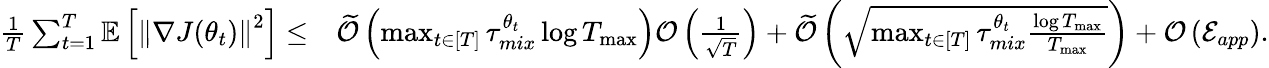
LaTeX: \begin{array}{rl}{\frac{1}{T}\sum_{t=1}^{T}\mathbb{E}\left[\left\lVert\nabla J(\theta_{t})\right\rVert^{2}\right]\leq}&{\widetilde{\mathcal{O}}\left(\operatorname*{max}_{t\in[T]}\tau_{mix}^{\theta_{t}}\log T_{\operatorname*{max}}\right)\mathcal{O}\left(\frac{1}{\sqrt{T}}\right)+\widetilde{\mathcal{O}}\left(\sqrt{\operatorname*{max}_{t\in[T]}\tau_{mix}^{\theta_{t}}\frac{\log T_{\operatorname*{max}}}{T_{\operatorname*{max}}}}\right)+\mathcal{O}\left(\mathcal{E}_{app}\right).}\end{array}